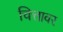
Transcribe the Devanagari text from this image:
चित्तावर